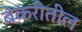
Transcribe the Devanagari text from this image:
बेकरीतील